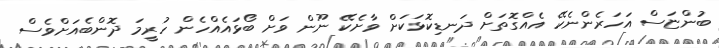
ބުންޏަސް އަހަރެންނެކޭ އެއްގޮތަށް ދަނޑިކޮޅަކަށް ވާށެކޭ ނޫން ވަށް ބޯޅައެއްހެން ހުރީމަ ދޮންބެއަށްވެސް